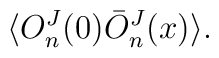
\langle O^J_n (0) \bar {O}^J_n(x)\rangle.